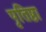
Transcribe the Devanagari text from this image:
पृतिष्ठा